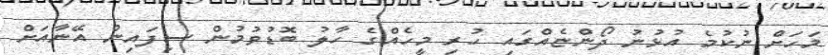
މަހަށް ނުކުމެ އުޅުނު ދޯންޏެއްގައި ހުރި މީހެއްގެ ހާލު ބޮޑުވުމުން ސިފައިން އޭނާއަށް